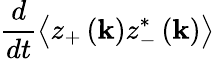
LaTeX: \frac{d}{dt}\left\langle z_{+}\left(\mathbf{k}\right)z_{-}^{*}\left(\mathbf{k}\right)\right\rangle